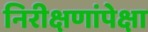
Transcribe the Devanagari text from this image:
निरीक्षणांपेक्षा